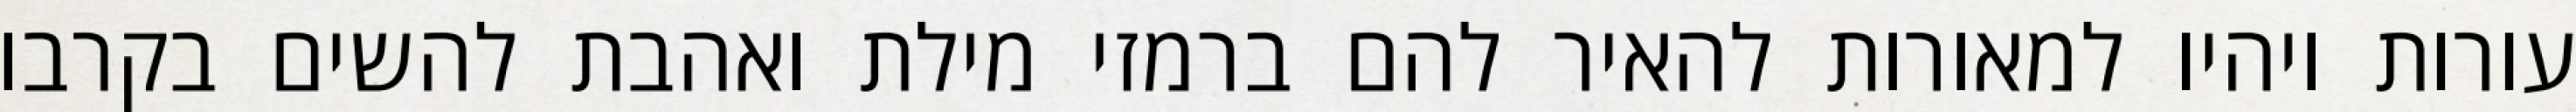
עורות ויהיו למאורות להאיר להם ברמזי מילת ואהבת להשים בקרבו